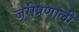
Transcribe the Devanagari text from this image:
जूरीप्रणाली